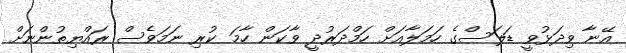
އޭނާ ވިދަޅުވީ ޑަލަސްގެ ހަމަލާއަށް ހަމްދަރުދީ ވާކަން ހާމަ ކުރި ނަމަވެސް ރައްޔިތުންނަށް